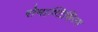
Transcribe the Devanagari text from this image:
रोमाण्टिसिज़्म